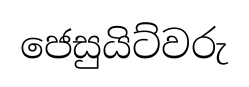
ජෙසුයිට්වරු